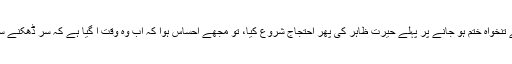
بیوی نے مہینے سے پہلے تنخواہ ختم ہو جانے پر پہلے حیرت ظاہر کی پھر احتجاج شروع کیا، تو مجھے احساس ہوا کہ اب وہ وقت آ گیا ہے کہ سر ڈھکنے سے پائوں کھلنے لگے ہیں۔